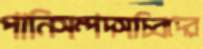
পানিসম্পদসচিবদের